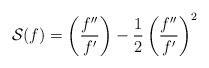
\begin{align*} \mathcal S(f) = \left (\frac{f''}{f'} \right) - \frac 12 \left(\frac{f''}{f'}\right)^2 \end{align*}